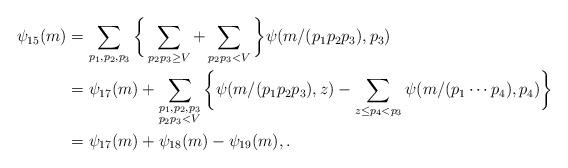
LaTeX: \begin{align*} \psi_{15}(m) &= \sum_{p_1,p_2,p_3} \bigg\{ \sum_{p_2p_3 \ge V} + \sum_{p_2p_3 < V} \bigg\} \psi(m/(p_1p_2p_3), p_3) \\ &= \psi_{17}(m) + \sum_{\substack{p_1,p_2,p_3\\ p_2p_3 < V}} \bigg\{ \psi(m/(p_1p_2p_3),z) - \sum_{z \le p_4 < p_3} \psi(m/(p_1 \cdots p_4), p_4) \bigg\} \\ &= \psi_{17}(m) + \psi_{18}(m) - \psi_{19}(m), . \end{align*}